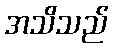
အသိသည်